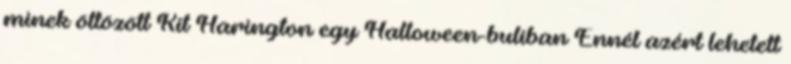
minek öltözött Kit Harington egy Halloween-buliban Ennél azért lehetett